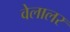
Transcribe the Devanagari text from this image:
वेलालर